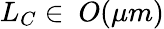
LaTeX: L_{C}\in~O(\mu m)